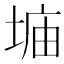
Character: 𫮂